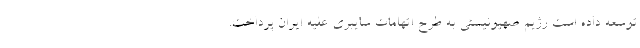
توسعه داده است رژیم صهیونیستی به طرح اتهامات سایبری علیه ایران پرداخت.